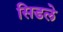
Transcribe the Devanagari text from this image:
सिडले